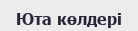
Юта көлдері